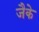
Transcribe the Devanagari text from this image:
जैके